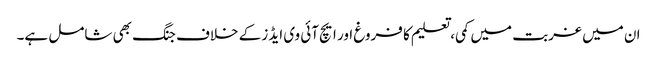
ان میں غربت میں کمی، تعلیم کا فروغ اور ایچ آئی وی ایڈز کے خلاف جنگ بھی شامل ہے۔